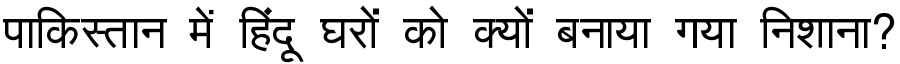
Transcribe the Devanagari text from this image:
पाकिस्तान में हिंदू घरों को क्यों बनाया गया निशाना?